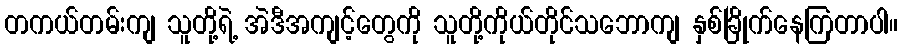
တကယ်တမ်းကျ သူတို့ရဲ့ အဲဒီအကျင့်တွေကို သူတို့ကိုယ်တိုင်သဘောကျ နှစ်ခြိုက်နေကြတာပါ။